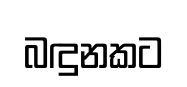
බඳුනකට